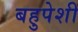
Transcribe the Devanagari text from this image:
बहुपेशी